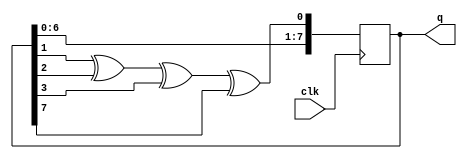
module lfsr8 (
 input clk,
 output reg [7:0] q);

 initial q = 8'd1;

 always @(posedge clk)
 q <= {q[6:0], q[1]^q[2]^q[3]^q[7]};

endmodule